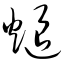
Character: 煺